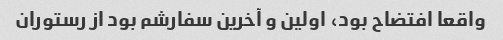
واقعا افتضاح بود، اولین و آخرین سفارشم بود از رستوران